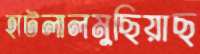
হাটলালমুছিয়াছ